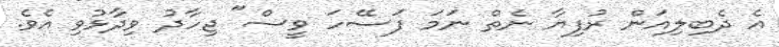
އެ ދެބިލިއަން ރުފިޔާ ނެތް ނަމަ ފަސޭހަ ވީސް" ޖިހާދު ވިދާޅުވި އެވެ.